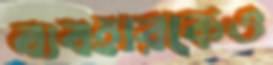
ব্যবহারকেও